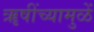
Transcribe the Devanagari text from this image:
ॠषींच्यामुळें